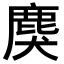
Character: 𪊏